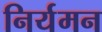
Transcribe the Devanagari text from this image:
निर्यमन